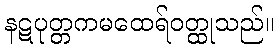
နဋပုတ္တကမထေရ်ဝတ္ထုသည်။